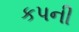
કપની